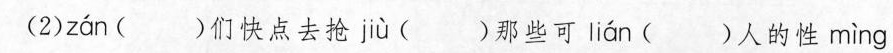
(2) zan ()们快点去抢 jiu ()那些可 lian ()人的性 ming